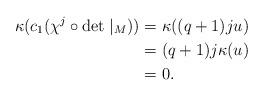
LaTeX: \begin{align*}\kappa(c_1(\chi^j \circ \det\mid_M))&= \kappa((q+1)ju)\\&=(q+1)j \kappa(u)\\&=0.\end{align*}